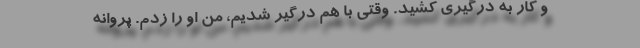
و کار به درگیری کشید. وقتی با هم درگیر شدیم، من او را زدم. پروانه